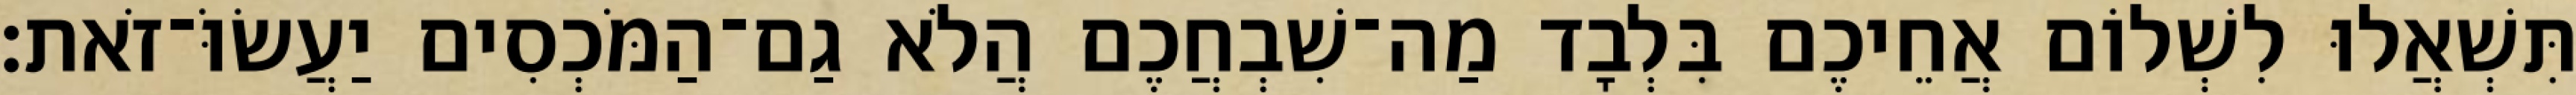
תִּשְׁאֲלוּ לִשְׁלוֹם אֲחֵיכֶם בִּלְבָד מַה־שִׁבְחֲכֶם הֲלֹא גַם־הַמֹּכְסִים יַעֲשׂוֹּ־זֹאת׃